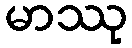
မာဿု